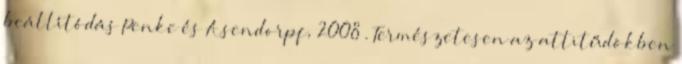
beállítódás Penke és Asendorpf, 2008 . Természetesen az attitűdökben